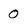
Character: 0